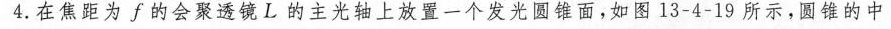
4.在焦距为f的会聚透镜L的主光轴上放置一个发光圆锥面，如图13-4-19所示，圆锥的中